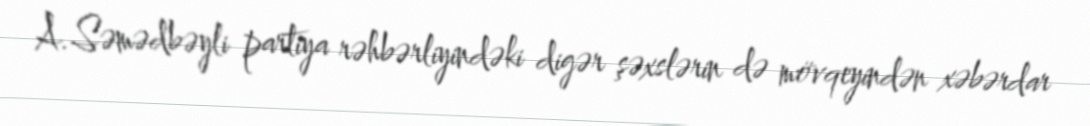
A.Səmədbəyli partiya rəhbərliyindəki digər şəxslərin də mövqeyindən xəbərdar